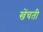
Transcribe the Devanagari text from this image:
खेंचती